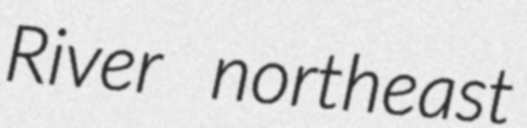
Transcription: River northeast